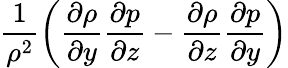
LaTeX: \frac{1}{\rho^{2}}\bigg(\frac{\partial\rho}{\partial y}\frac{\partial p}{\partial z}-\frac{\partial\rho}{\partial z}\frac{\partial p}{\partial y}\bigg)